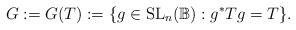
LaTeX: \begin{align*}G:=G(T):=\{g\in\mathrm{SL}_n(\mathbb{B}):g^{\ast}Tg=T\}.\end{align*}